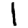
Digit: 1